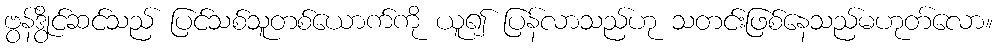
ဗွန်ဒွိုင်ဆင်သည် ပြင်သစ်သူတစ်ယောက်ကို ယူ၍ ပြန်လာသည်ဟု သတင်းဖြစ်နေသည်မဟုတ်လော။